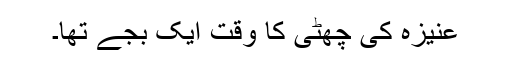
عنیزہ کی چھٹی کا وقت ایک بجے تھا۔